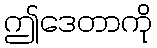
ဤဒေတာကို